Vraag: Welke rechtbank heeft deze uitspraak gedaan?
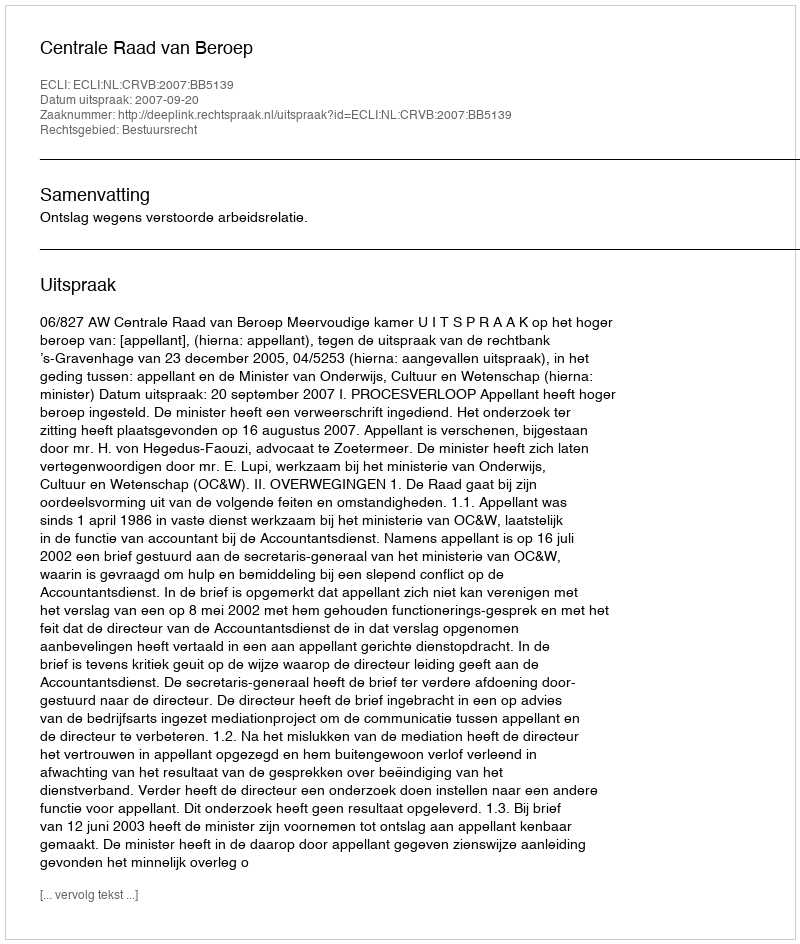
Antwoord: Centrale Raad van Beroep